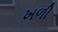
ખળી